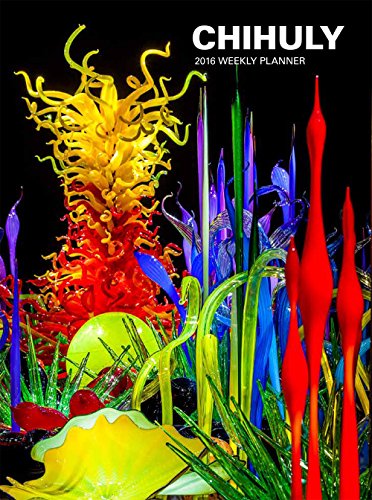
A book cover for Chihuly 2016 Weekly Planner; Dale Chihuly; Calendars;